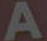
A